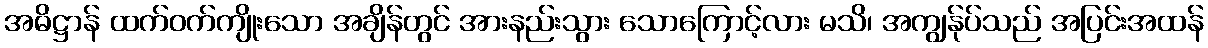
အဓိဋ္ဌာန် ထက်ဝက်ကျိုးသော အချိန်တွင် အားနည်းသွား သောကြောင့်လား မသိ၊ အကျွန်ုပ်သည် အပြင်းအထန်